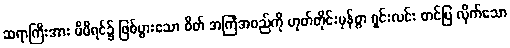
ဆရာကြီးအား မိမိရင်၌ ဖြစ်ပွားသော စိတ် အကြံအစည်ကို ဟုတ်တိုင်းမှန်စွာ ရှင်းလင်း တင်ပြ လိုက်သော